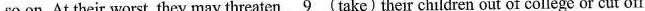
so on. At their worst, they may threaten \underline{9} (take)their children out of college or cut off